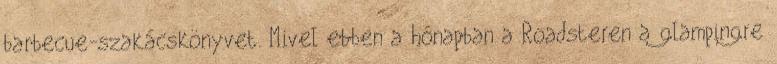
barbecue-szakácskönyvet. Mivel ebben a hónapban a Roadsteren a glampingre